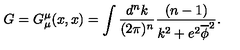
G = G _ { \mu } ^ { \mu } ( x , x ) = \int \frac { d ^ { n } k } { ( 2 \pi ) ^ { n } } \frac { ( n - 1 ) } { k ^ { 2 } + e ^ { 2 } \overline { \phi } ^ { 2 } } .